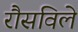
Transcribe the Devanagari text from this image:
रौसविले